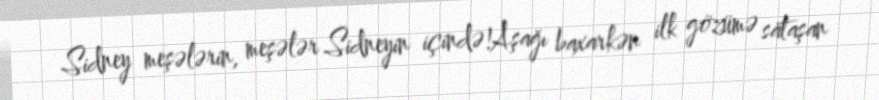
Sidney meşələrin, meşələr Sidneyin içində!Aşağı baxarkən ilk gözümə sataşan